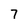
Character: 7